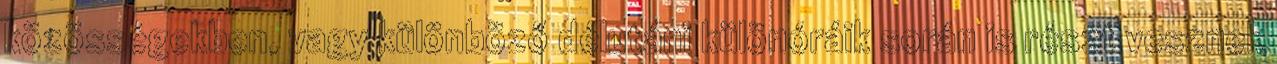
közösségekben, vagy különböző délutáni különóráik során is részt vesznek